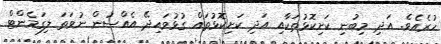
ހުރެއެވެ. އަދި މިބުނި ކަށިކޮޅުތަކާއި އަދި ކަށިކޮޅުތައް ގުޅުވައިދޭ އެއްސުން ނުވަތަ ލިގަމެންޓް